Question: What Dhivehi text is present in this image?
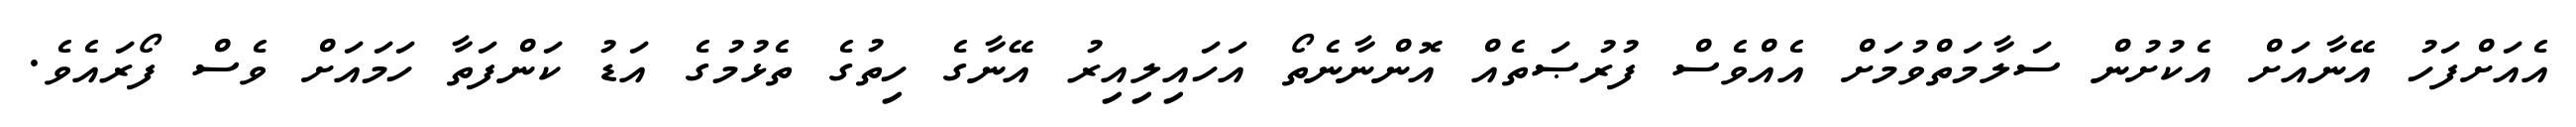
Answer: އެއަށްފަހު އޭނާއަށް އެކުށުން ސަލާމަތްވުމަށް އެއްވެސް ފުރުޞަތެއް އޮންނާނެތޯ އަހައިލިއިރު އޭނާގެ ހިތުގެ ތެޅުމުގެ އަޑު ކަންފަތާ ހަމައަށް ވެސް ފޯރައެވެ.